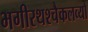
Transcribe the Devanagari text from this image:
भगीरथश्चैकलव्यो